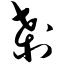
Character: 刹